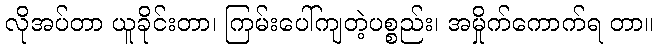
လိုအပ်တာ ယူခိုင်းတာ၊ ကြမ်းပေါ်ကျတဲ့ပစ္စည်း၊ အမှိုက်ကောက်ရ တာ။